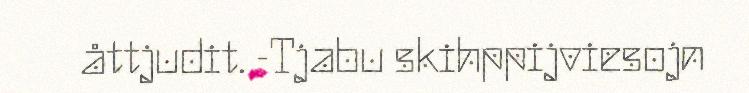
åttjudit. -Tjabu skihppijviesojn